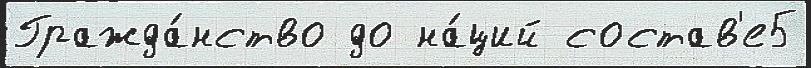
Гражда́нство до на́ций состав'е5